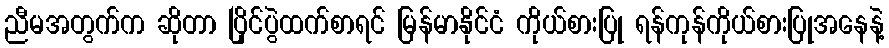
ညီမအတွက်က ဆိုတာ ပြိုင်ပွဲထက်စာရင် မြန်မာနိုင်ငံ ကိုယ်စားပြု ရန်ကုန်ကိုယ်စားပြုအနေနဲ့